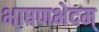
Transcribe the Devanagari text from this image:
भाषणभेदम्